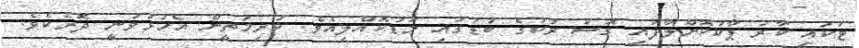
ޓަކައި ކާރު ޕާކުކޮށްލާފައި ގޮސް ރުކުގެ ބުޑުގައި މަޑުކޮއްލިއެވެ. ކުރިމަތީން އެހުޅުވުނީ ދޮރެކެވެ.